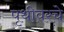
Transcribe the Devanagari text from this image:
पृथीवरचे